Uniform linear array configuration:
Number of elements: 12
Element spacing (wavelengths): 0.5
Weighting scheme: exponential
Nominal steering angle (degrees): -15
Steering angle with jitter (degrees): -15.259
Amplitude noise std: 0.05
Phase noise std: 0.05

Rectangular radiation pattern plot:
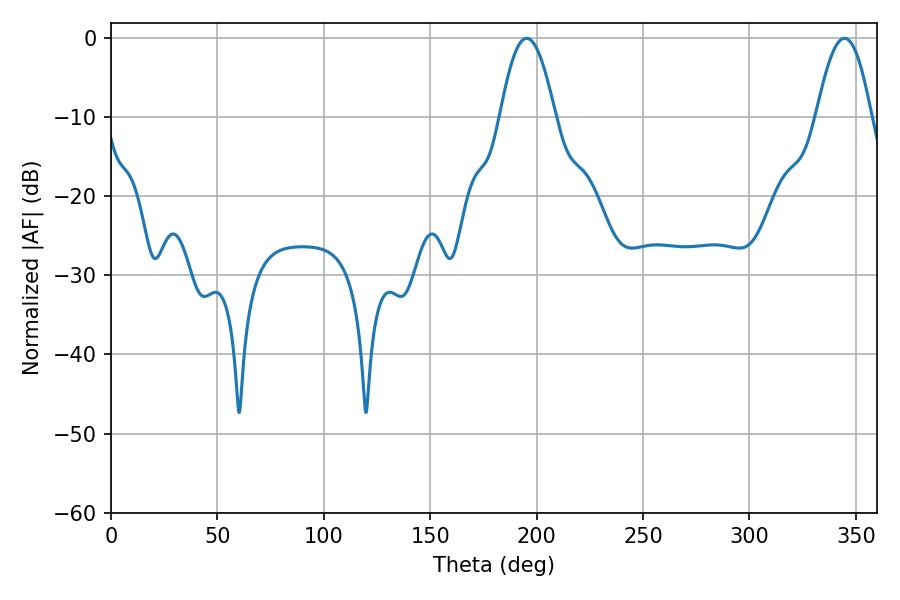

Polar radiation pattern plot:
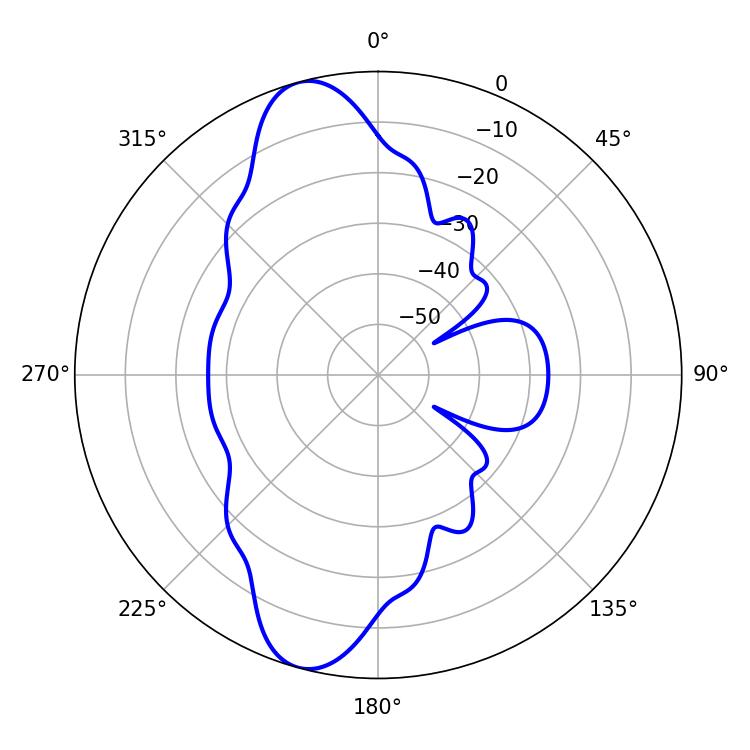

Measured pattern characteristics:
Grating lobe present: FALSE
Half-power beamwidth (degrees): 14.04
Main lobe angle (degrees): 195.3